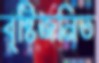
বৃষ্টিজনিত